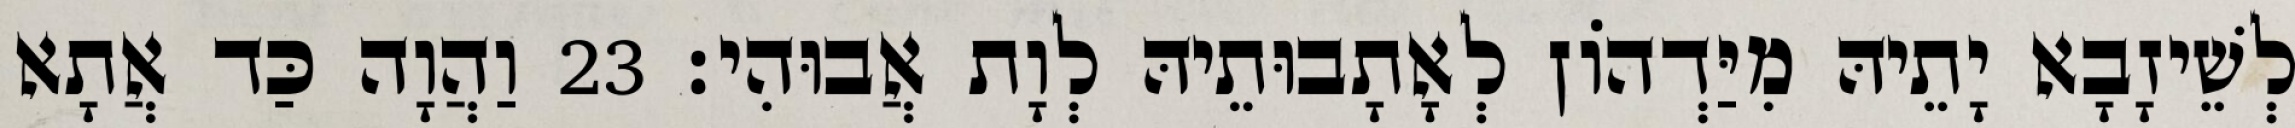
לְשֵׁיזָבָא יָתֵיהּ מִיַּדְהוֹן לְאָתָבוּתֵיהּ לְוָת אֲבוּהִי׃ 23 וַהֲוָה כַּד אֲתָא